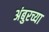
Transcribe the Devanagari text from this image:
अंबुरच्या